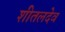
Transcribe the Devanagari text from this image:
शीतलदेव